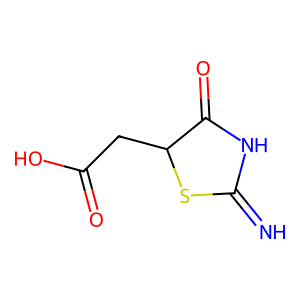
SMILES: N=C1NC(=O)C(CC(=O)O)S1
Inhibits HIV replication: No